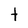
Character: t